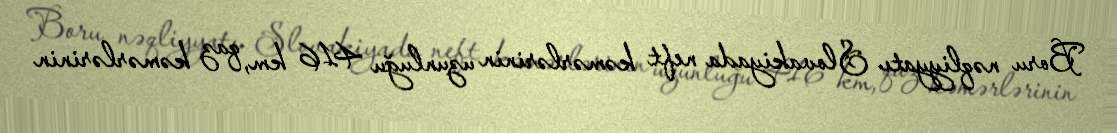
Boru nəqliyyatı Slovakiyada neft kəmərlərinin uzunluğu 416 km, qaz kəmərlərinin